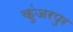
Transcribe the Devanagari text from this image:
कुंजरपुर